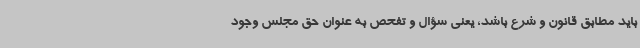
باید مطابق قانون و شرع باشد، یعنی سؤال و تفحص به عنوان حق مجلس وجود